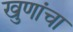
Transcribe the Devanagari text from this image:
खुणांचा